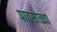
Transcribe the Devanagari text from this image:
पावसाळ्या